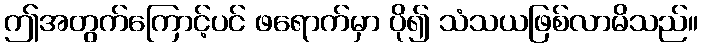
ဤအတွက်ကြောင့်ပင် ဖရောက်မှာ ပို၍ သံသယဖြစ်လာမိသည်။